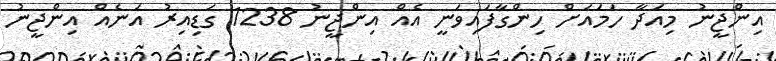
އިންޖީނު މިއަދާ ހަމައަށް ހިންގާފައިވަނީ އެއް އިންޖީނު 1238 ގަޑިއިރު އަނެއް އިންޖީނު